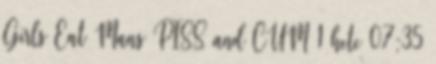
Girls Eat Mans PISS and CUM 1 hete 07:35